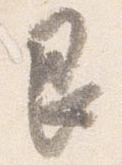
艮